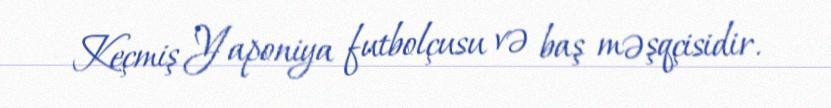
Keçmiş Yaponiya futbolçusu və baş məşqçisidir.